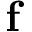
\mathbf { f }